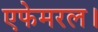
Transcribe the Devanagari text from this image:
एफेमरल।